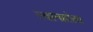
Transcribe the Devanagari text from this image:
स्थानहोता